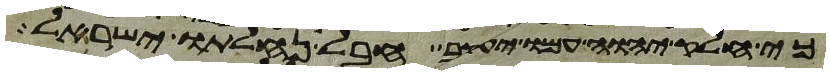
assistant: כי חלק יהוה עמו יעקב חבל נחלתו ישראל